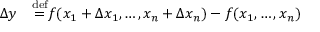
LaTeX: \begin{array} { r l } { \Delta y } & { { } { } { \stackrel { \mathrm { d e f } } { = } } f ( x _ { 1 } + \Delta x _ { 1 } , \dots , x _ { n } + \Delta x _ { n } ) - f ( x _ { 1 } , \dots , x _ { n } ) } \end{array}